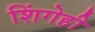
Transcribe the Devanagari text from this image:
शिंगेही